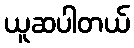
ယူဆပါတယ်